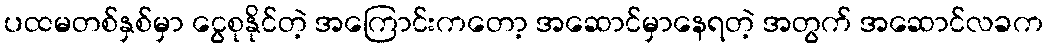
ပထမတစ်နှစ်မှာ ငွေစုနိုင်တဲ့ အကြောင်းကတော့ အဆောင်မှာနေရတဲ့ အတွက် အဆောင်လခက